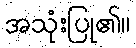
အသုံးပြု၏။